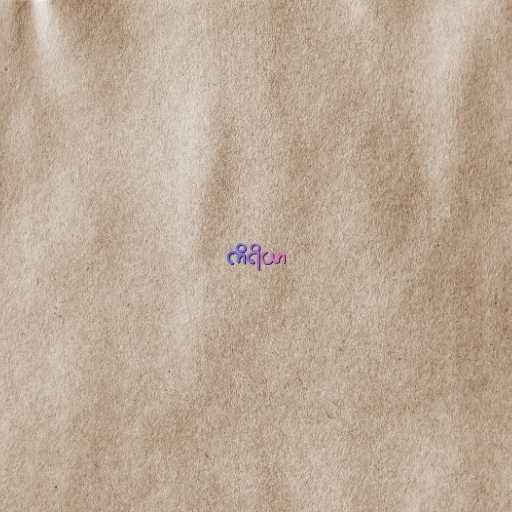
ကိရိယာ